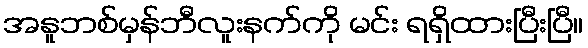
အနူဘစ်မှန်ဘီလူးနက်ကို မင်း ရရှိထားပြီးပြီ။